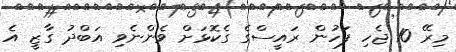
މިރޭ 10 ޖެހި ފަހުން ރައީސްގެ ގެކޮޅަށް ވެންނެވި އަބްދު ގާޒީ އެ